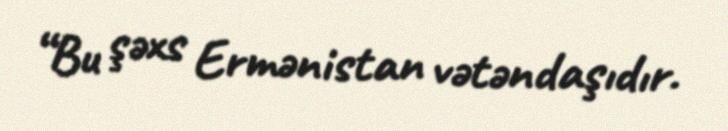
“Bu şəxs Ermənistan vətəndaşıdır.